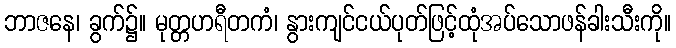
ဘာဇနေ၊ ခွက်၌။ မုတ္တဟရီတကံ၊ နွားကျင်ငယ်ပုတ်ဖြင့်ထုံအပ်သောဖန်ခါးသီးကို။